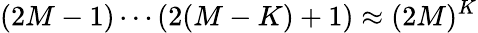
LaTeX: (2M-1)\cdots(2(M-K)+1)\approx(2M)^{K}